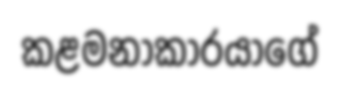
කළමනාකාරයාගේ